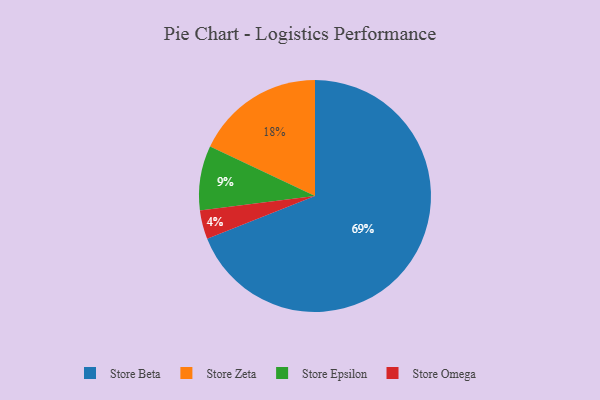
{"axis": {"x": "Category", "y": "Percentage"}, "legend": ["Store Beta", "Store Epsilon", "Store Omega", "Store Zeta"], "data": [{"x": "Store Epsilon", "y": 9, "type": "Store Epsilon"}, {"x": "Store Beta", "y": 69, "type": "Store Beta"}, {"x": "Store Omega", "y": 4, "type": "Store Omega"}, {"x": "Store Zeta", "y": 18, "type": "Store Zeta"}]}